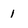
Character: 1